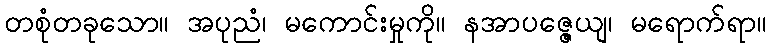
တစုံတခုသော။ အပုညံ၊ မကောင်းမှုကို။ နအာပဇ္ဇေယျ၊ မရောက်ရာ။